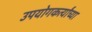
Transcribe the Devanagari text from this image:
उपयोगकर्त्यांच्या